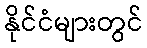
နိုင်ငံများတွင်